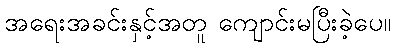
အရေးအခင်းနှင့်အတူ ကျောင်းမပြီးခဲ့ပေ။